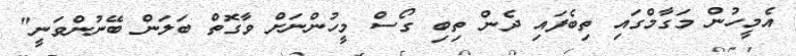
އެމީހުން މަގާމްގައި ތިބެފައި ދެން ތިބި ގޯސް މީހުންނަށް ވާގޮތް ބަލަން ބޭނުންވަނީ"